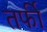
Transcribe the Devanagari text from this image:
तर्फी